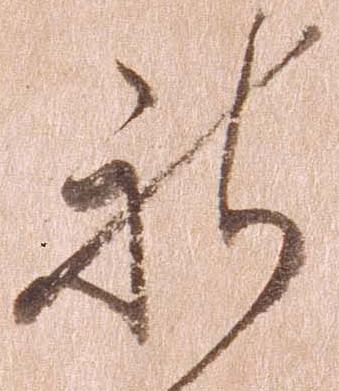
新